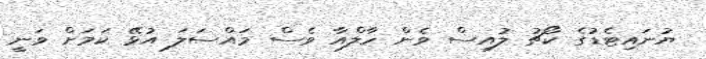
ޔުނައިޓެޑުގެ ކޯޗު ލުއިސް ވެން ހާލްއާ ވެސް މައްސަލަ އުޅޭ ކަމަށް ވަނީ